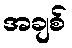
အချစ်